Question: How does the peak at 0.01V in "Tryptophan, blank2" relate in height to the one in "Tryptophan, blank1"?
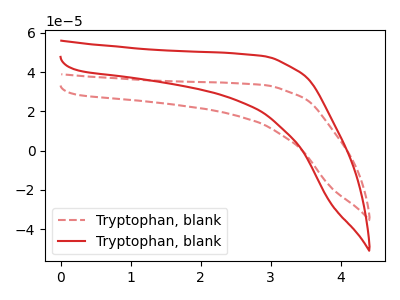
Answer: <think>The red dashed curve "Tryptophan, blank1" has no peaks. The red curve "Tryptophan, blank2" has no peaks.</think>
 <answer>"Tryptophan, blank2" and "Tryptophan, blank1" dont share a peak at 0.01V.</answer>
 <eval>mismatch</eval>